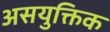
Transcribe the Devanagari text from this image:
असयुक्तिक